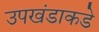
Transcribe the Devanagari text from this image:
उपखंडाकडे